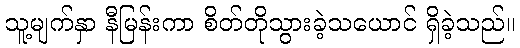
သူ့မျက်နှာ နီမြန်းကာ စိတ်တိုသွားခဲ့သယောင် ရှိခဲ့သည်။